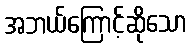
အဘယ်ကြောင့်ဆိုသော